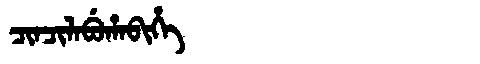
Manchu: ᠴᡳᠨᠴᡳᠯᠠᠪᡠᡥᠠᠪᡳᡥᡝ
Romanization: CINCILABUHABIHE